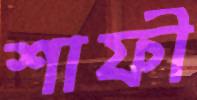
শাফী